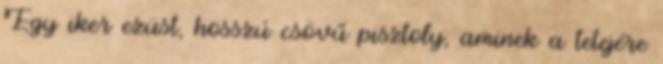
Egy iker ezüst, hosszú csövű pisztoly, aminek a tetejére